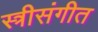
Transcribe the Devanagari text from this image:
स्त्रीसंगीत